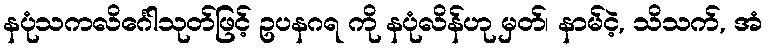
နပုံသကလိင်္ဂေါသုတ်ဖြင့် ဥပနဂရ ကို နပုံလိန်ဟု မှတ်၊ နာမ်ငဲ့, သိသက်, အံ